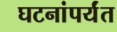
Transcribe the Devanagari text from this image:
घटनांपर्यंत